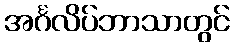
အင်္ဂလိပ်ဘာသာတွင်